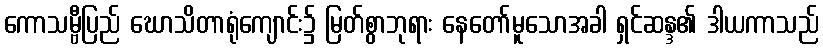
ကောသမ္ဗီပြည် ဃောသိတာရုံကျောင်း၌ မြတ်စွာဘုရား နေတော်မူသောအခါ ရှင်ဆန္ဒ၏ ဒါယကာသည်